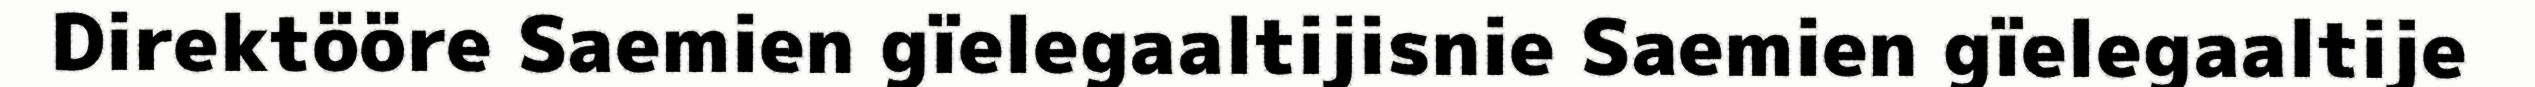
Direktööre Saemien gïelegaaltijisnie Saemien gïelegaaltije